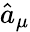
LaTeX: \hat{a}_{\mu}